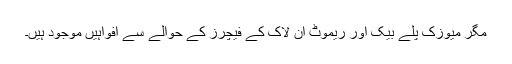
مگر میوزک پلے بیک اور ریموٹ ان لاک کے فیچرز کے حوالے سے افواہیں موجود ہیں۔